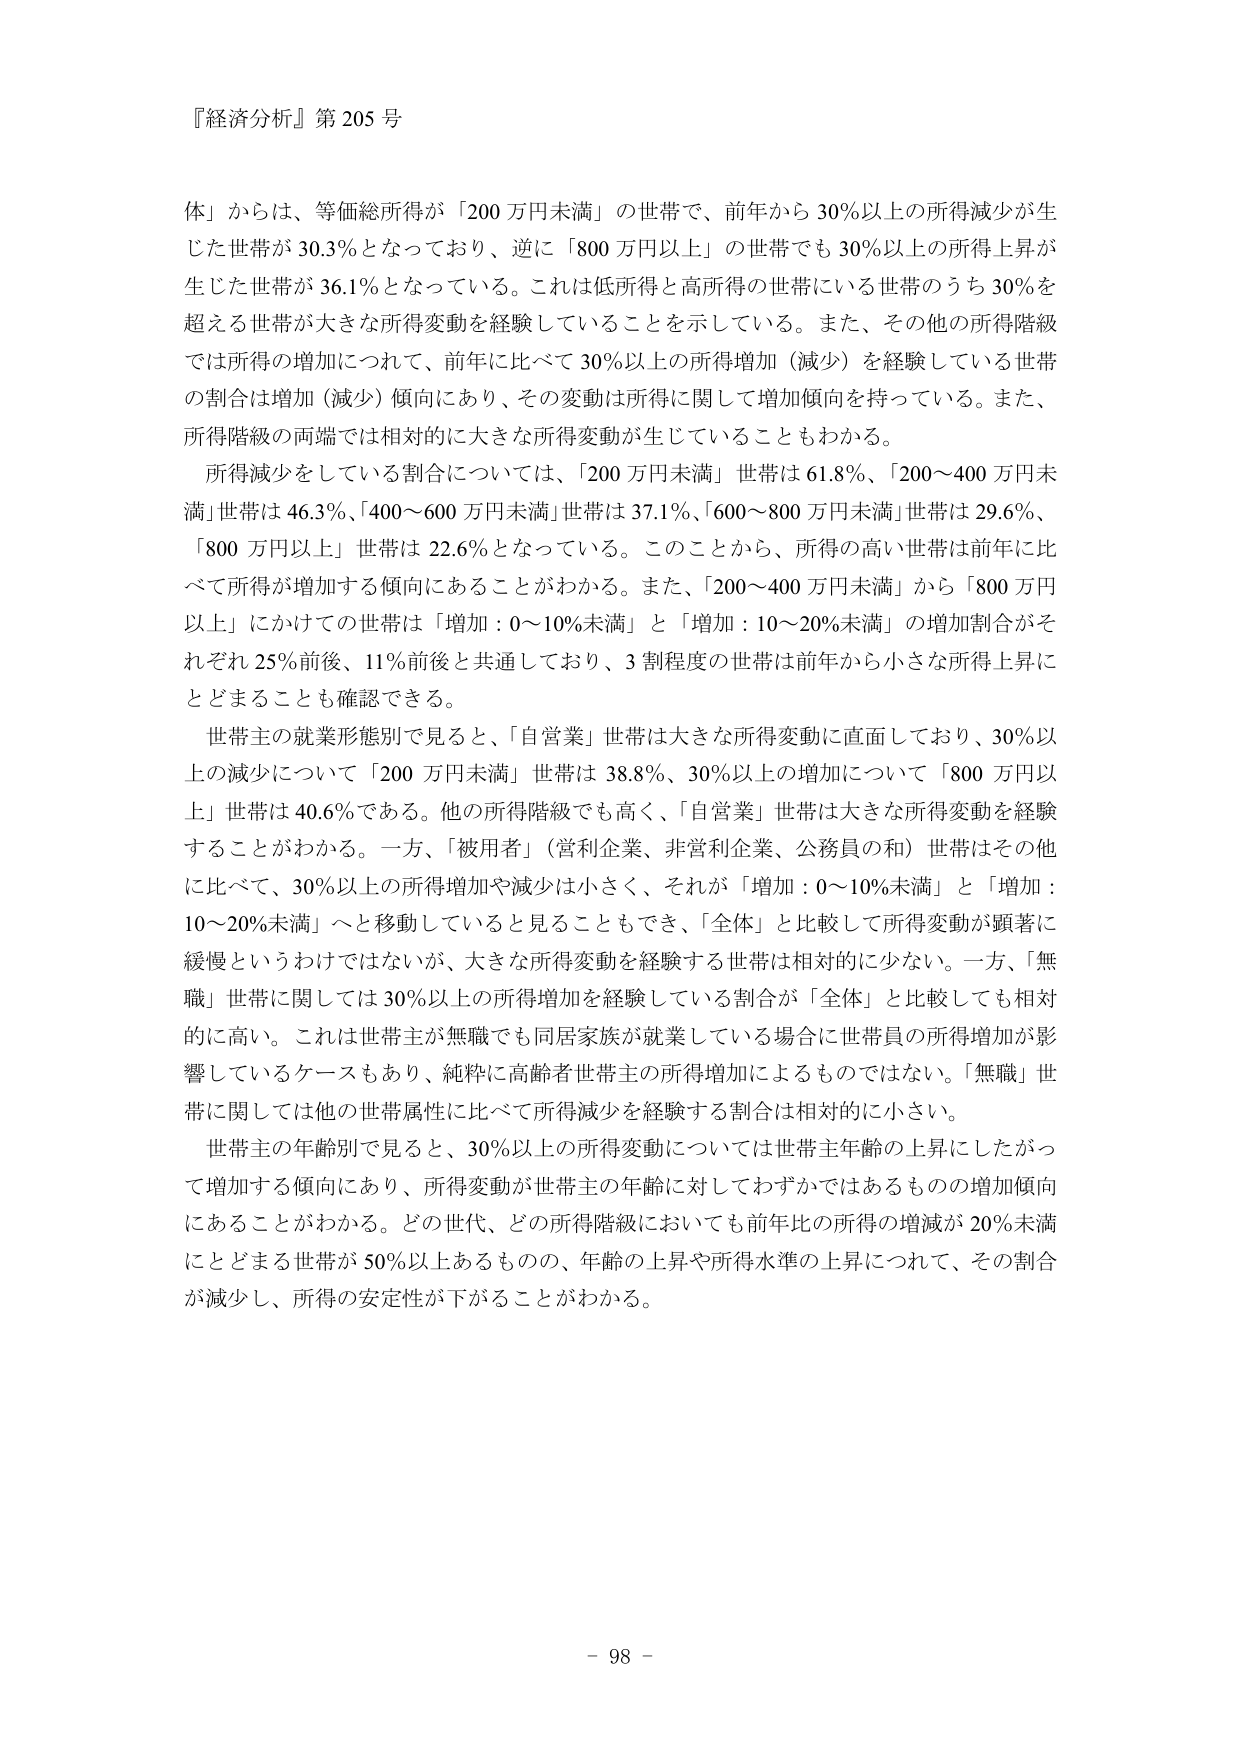
『経済分析』第205号

体」からは、等価総所得が「200万円未満」の世帯で、前年から30％以上の所得減少が生じた世帯が30.3％となっており、逆に「800万円以上」の世帯でも30％以上の所得上昇が生じた世帯が36.1％となっている。これは低所得と高所得の世帯にいる世帯のうち30％を超える世帯が大きな所得変動を経験していることを示している。また、その他の所得階級では所得の増加につれて、前年に比べて30％以上の所得増加（減少）を経験している世帯の割合は増加（減少）傾向にあり、その変動は所得に関して増加傾向を持っている。また、所得階級の両端では相対的に大きな所得変動が生じていることもわかる。

所得減少をしている割合については、「200万円未満」世帯は61.8％、「200～400万円未満」世帯は46.3％、「400～600万円未満」世帯は37.1％、「600～800万円未満」世帯は29.6％、「800万円以上」世帯は22.6％となっている。このことから、所得の高い世帯は前年比べて所得が増加する傾向にあることがわかる。また、「200～400万円未満」から「800万円以上」にかけての世帯は「増加：0～10％未満」と「増加：10～20％未満」の増加割合がそれぞれ25％前後、11％前後と共通しており、3割程度の世帯は前年から小さな所得上昇にとどまることも確認できる。

世帯主の就業形態別で見ると、「自営業」世帯は大きな所得変動に直面しており、30％以上の減少について「200万円未満」世帯は38.8％、30％以上の増加について「800万円以上」世帯は40.6％である。他の所得階級でも高く、「自営業」世帯は大きな所得変動を経験することがわかる。一方、「被用者」（営利企業、非営利企業、公務員の和）世帯はその他に比べて、30％以上の所得増加や減少は小さく、それが「増加：0～10％未満」と「増加：10～20％未満」へと移動していると見ることもでき、「全体」と比較して所得変動が顕著に緩慢というわけではないが、大きな所得変動を経験する世帯は相対的に少ない。一方、「無職」世帯に関しては30％以上の所得増加を経験している割合が「全体」と比較しても相対的に高い。これは世帯主が無職でも同居家族が就業している場合に世帯員の所得増加が影響しているケースもあり、純粋に高齢者世帯主の所得増加によるものではない。「無職」世帯に関しては他の世帯属性に比べて所得減少を経験する割合は相対的に小さい。

世帯主の年齢別で見ると、30％以上の所得変動については世帯主年齢の上昇にしたがって増加する傾向にあり、所得変動が世帯主の年齢に対してわずかではあるものの増加傾向にあることがわかる。どの世代、どの所得階級においても前年比の所得の増減が20％未満にとどまる世帯が50％以上あるものの、年齢の上昇や所得水準の上昇につれて、その割合が減少し、所得の安定性が下がることがわかる。

- 98 -